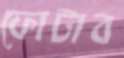
ফোটাব